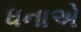
ધનાએ